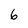
Character: 6